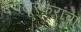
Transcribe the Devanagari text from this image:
देगलूरकरांचा